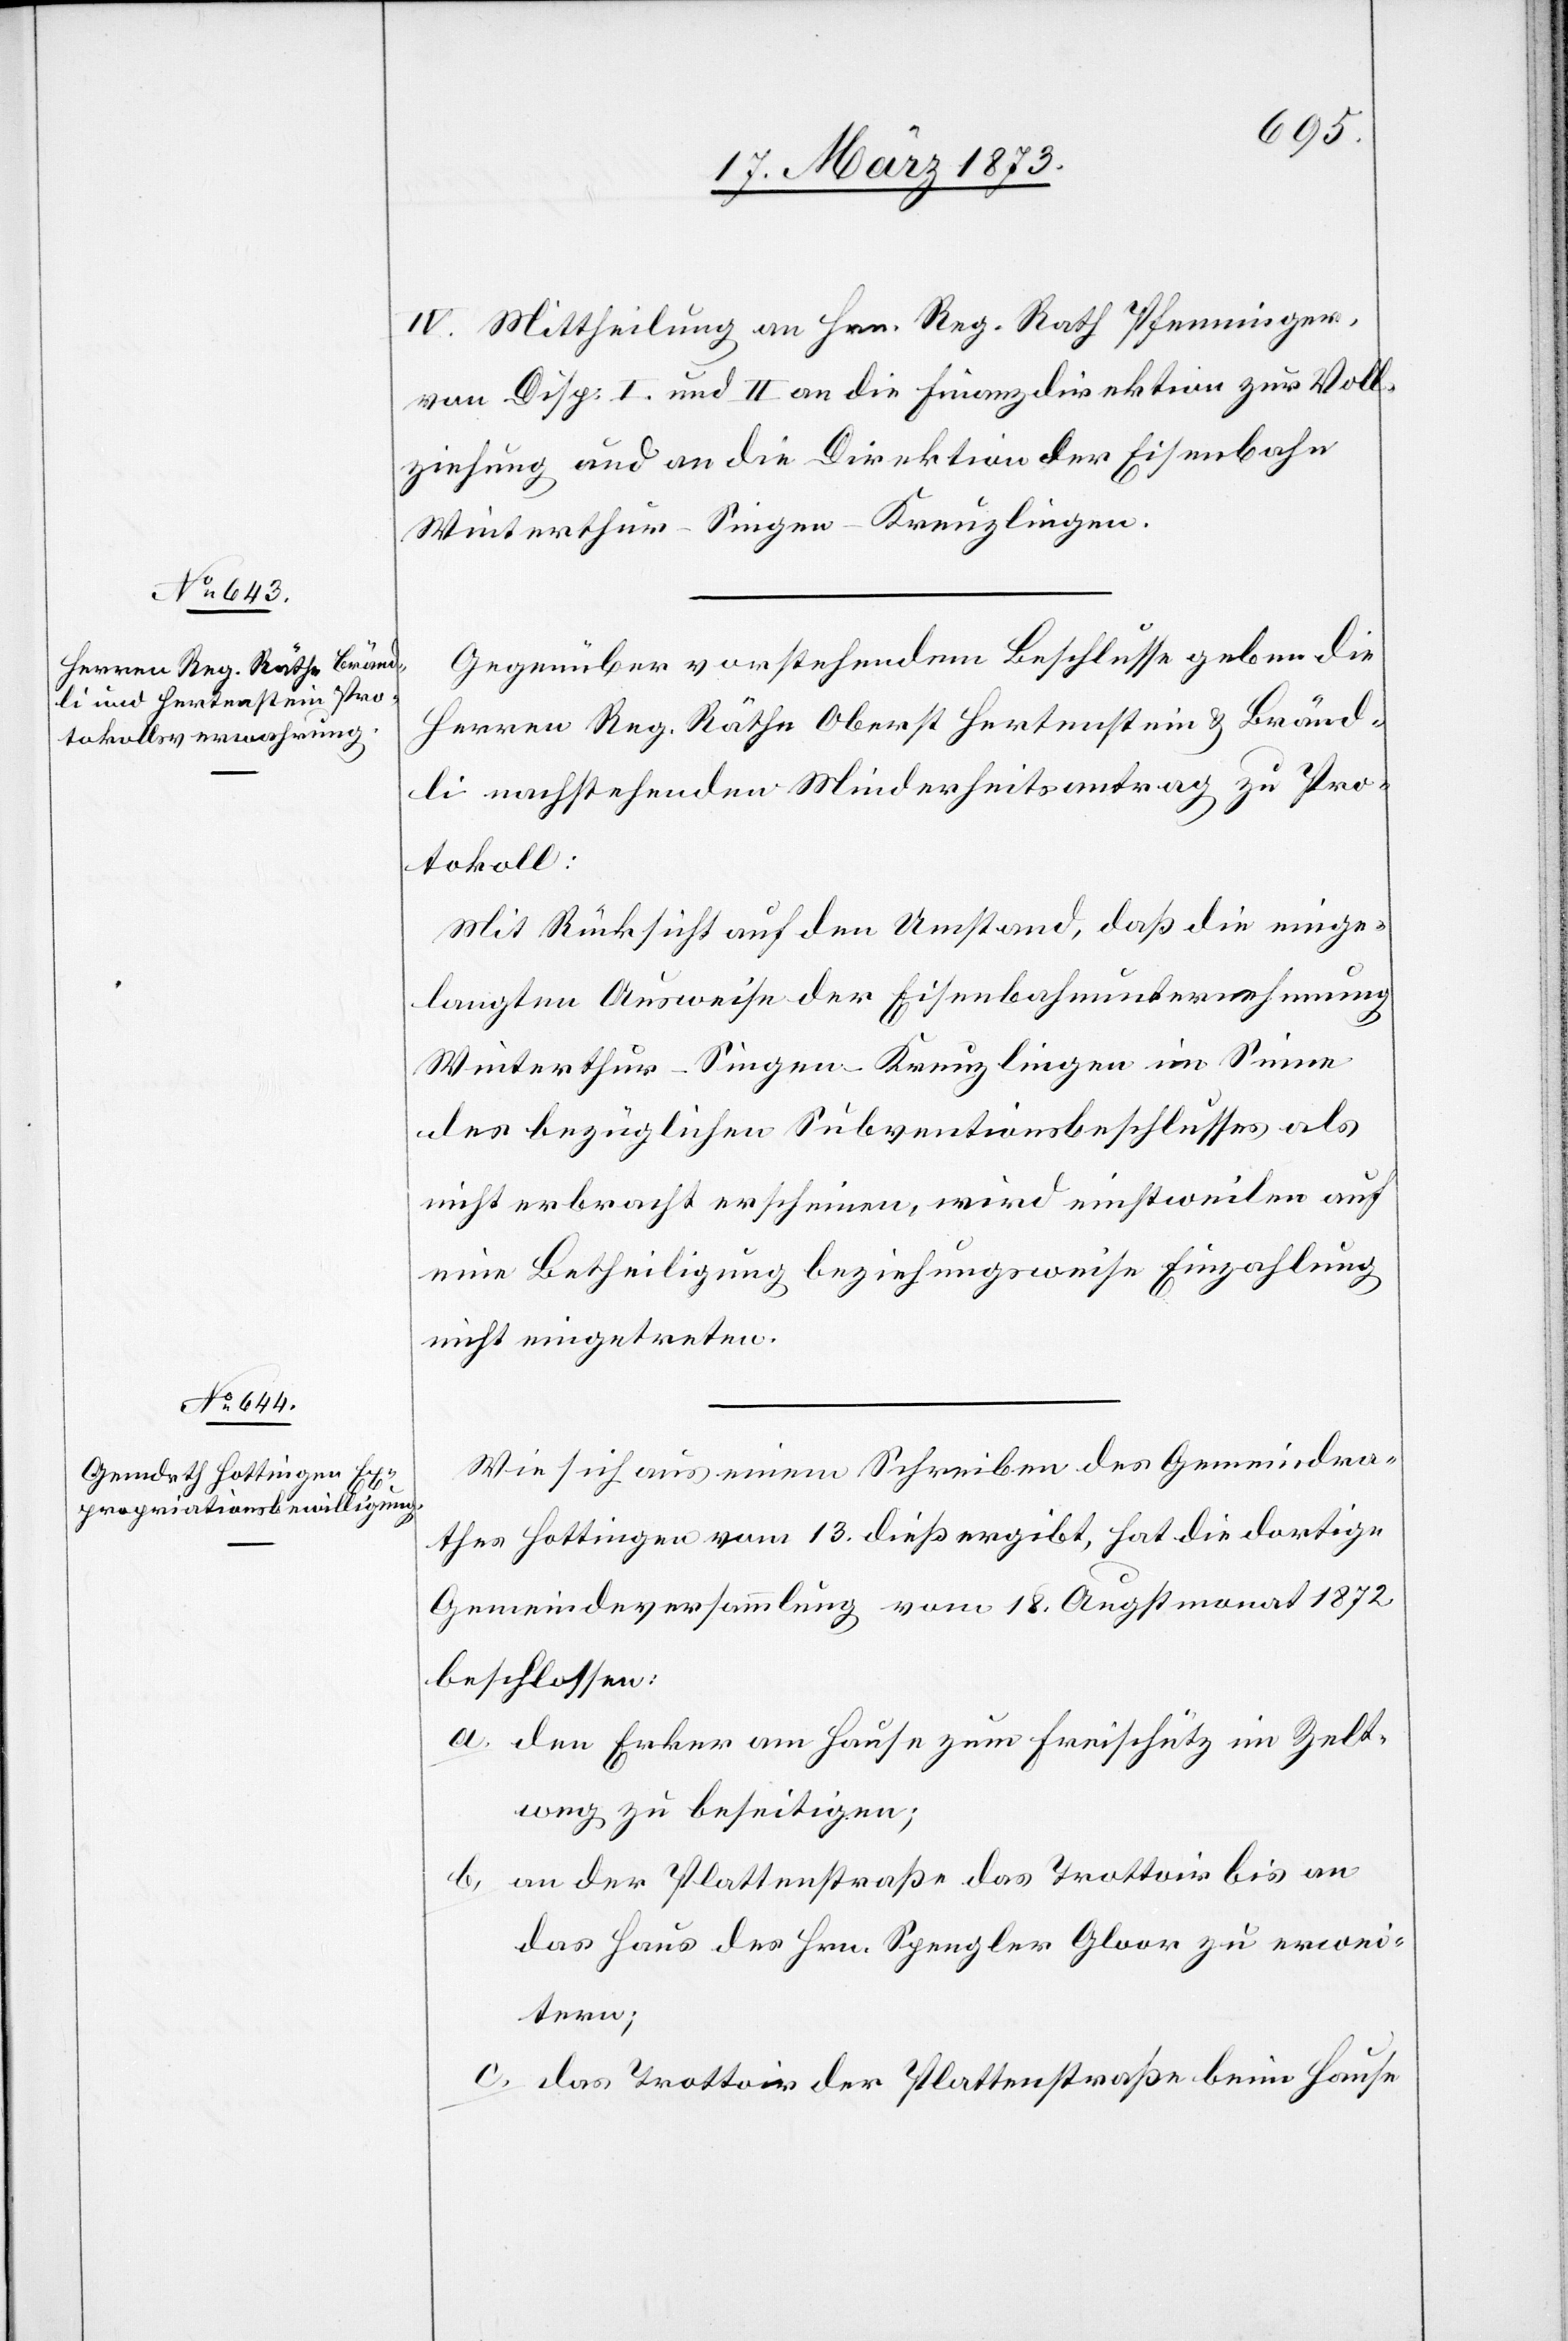
IV. Mittheilung an Hrn. Reg. Rath Pfenninger,
von Disp. I. und II. an die Finanzdirektion zur Voll¬
ziehung und an die Direktion der Eisenbahn
Winterthur–Singen–Kreuzlingen.
Gegenüber vorstehendem Beschlusse geben die
Herren Reg. Räthe Oberst Hertenstein u. Bränd¬
li nachstehenden Minderheitsantrag zu Pro¬
tokoll:
Mit Rücksicht auf den Umstand, daß die einge¬
langten Ausweise der Eisenbahnunternehmung
Winterthur–Singen–Kreuzlingen im Sinne
des bezüglichen Subventionsbeschlusses als
nicht erbracht erscheinen, wird einstweilen auf
eine Betheiligung beziehungsweise Einzahlung
nicht eingetreten.
Wie sich aus einem Schreiben des Gemeindra¬
thes Hottingen vom 13. dieß ergibt, hat die dortige
Gemeindeversammlung vom 18. Augstmonat 1872
beschlossen:
a. den Erker am Hause zum Freischütz im Zelt¬
weg zu beseitigen;
b. an der Plattenstraße das Trottoir bis an
das Haus des Hrn. Spengler Gloor zu erwei¬
tern;
c. das Trottoir der Plattenstraße beim Hause